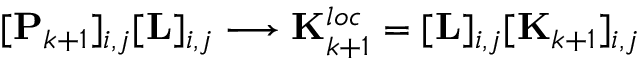
[ \mathbf { P } _ { k + 1 } ] _ { i , j } [ \mathbf { L } ] _ { i , j } \longrightarrow { \mathbf { K } _ { k + 1 } ^ { l o c } = [ \mathbf { L } ] _ { i , j } [ \mathbf { K } _ { k + 1 } ] _ { i , j } }